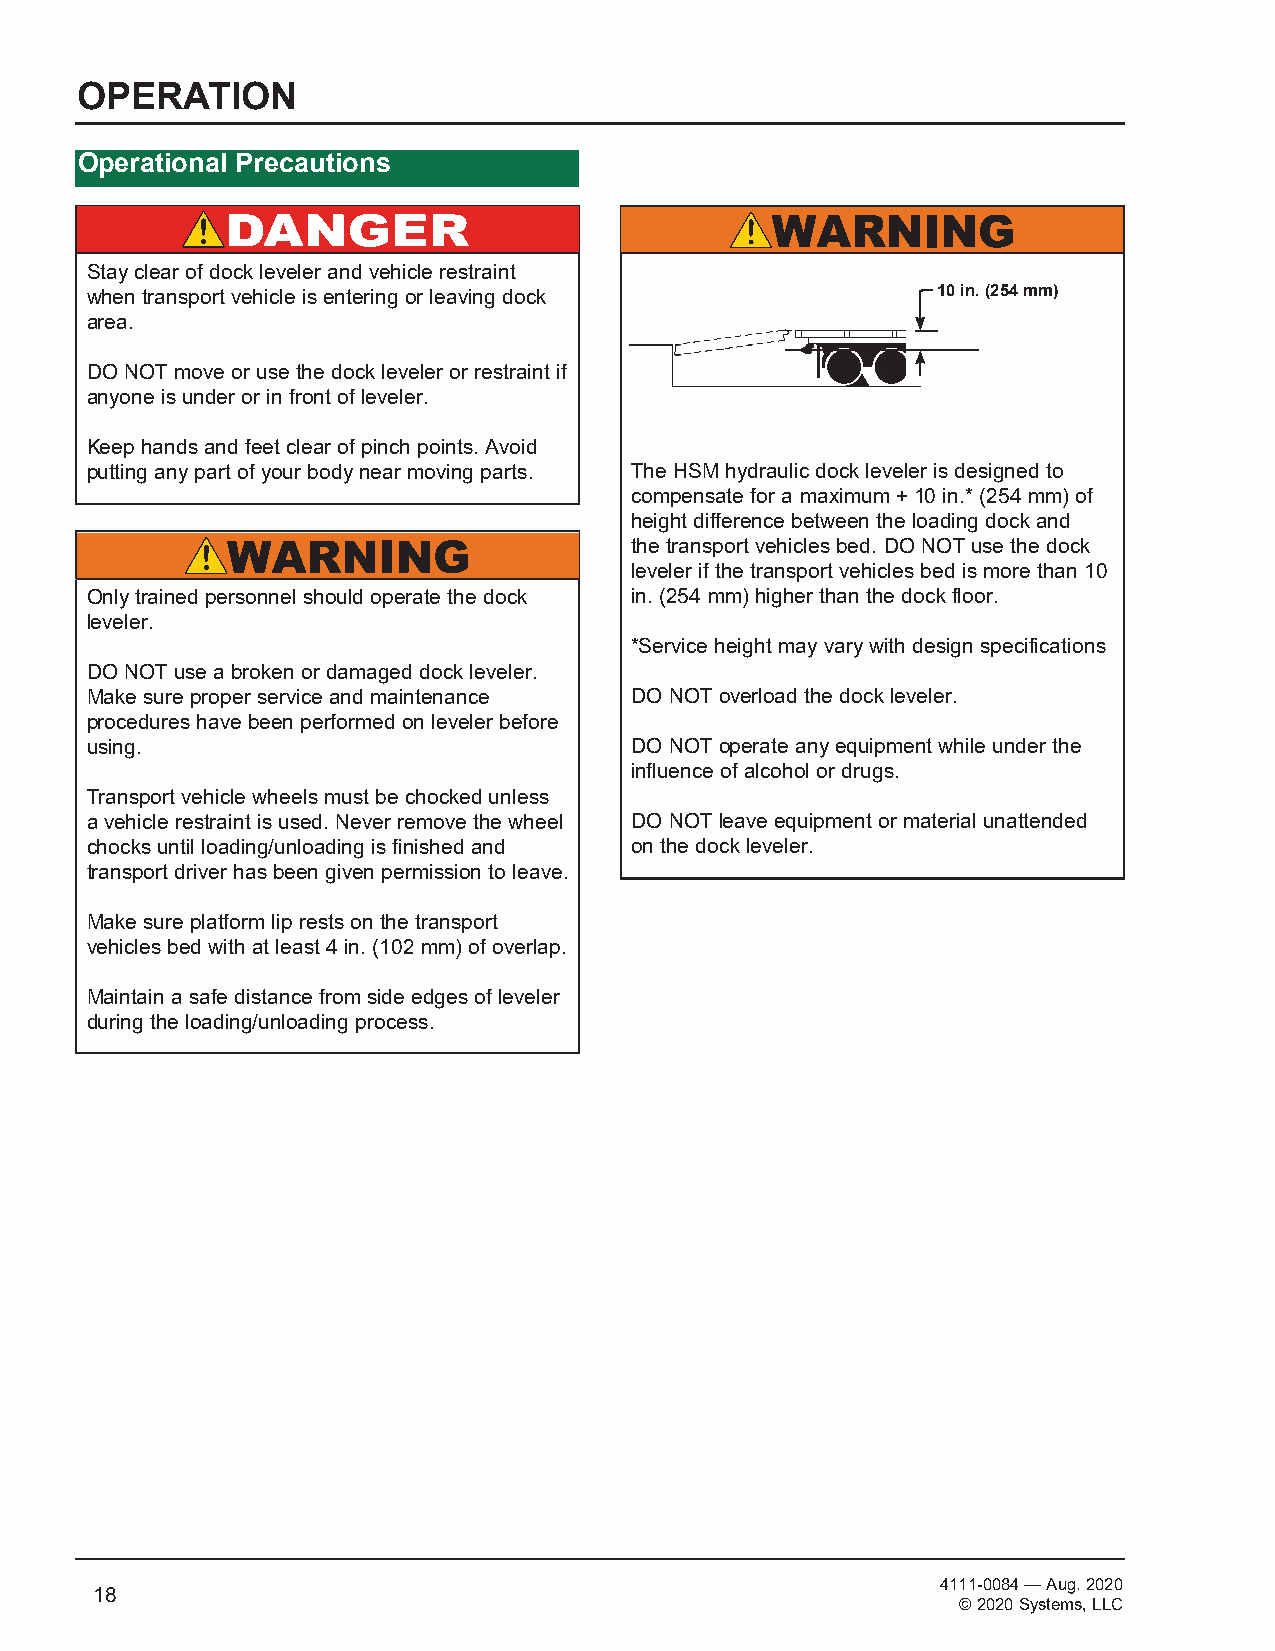
OPERATION
 Operational Precautions
 Stay clear of dock leveler and vehicle restraint
 when transport vehicle is entering or leaving dock      10 in. (254 mm)
 area.
 DO NOT move or use the dock leveler or restraint if
 anyone is under or in front of leveler.
 Keep hands and feet clear of pinch points. Avoid
 putting any part of your body near moving parts. The HSM hydraulic dock leveler is designed to
 compensate for a maximum + 10 in.* (254 mm) of
 height difference between the loading dock and
 the transport vehicles bed. DO NOT use the dock
 leveler if the transport vehicles bed is more than 10
 Only trained personnel should operate the dock in. (254 mm) higher than the dock floor.
 leveler.
 *Service height may vary with design specifications
 DO NOT use a broken or damaged dock leveler.
 Make sure proper service and maintenance DO NOT overload the dock leveler.
 procedures have been performed on leveler before
 using.                              DO NOT operate any equipment while under the
 influence of alcohol or drugs.
 Transport vehicle wheels must be chocked unless
 a vehicle restraint is used. Never remove the wheel DO NOT leave equipment or material unattended
 chocks until loading/unloading is finished and on the dock leveler.
 transport driver has been given permission to leave.
 Make sure platform lip rests on the transport
 vehicles bed with at least 4 in. (102 mm) of overlap.
 Maintain a safe distance from side edges of leveler
 during the loading/unloading process.
 4111-0084 — Aug. 2020
 18
 © 2020 Systems, LLC